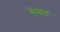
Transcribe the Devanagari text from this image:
वेकट